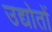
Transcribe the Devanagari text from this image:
उद्योतों